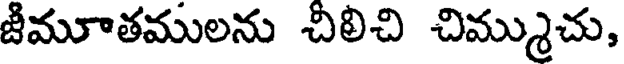
జీమూతములను చిలిచి చిమ్ముచు,